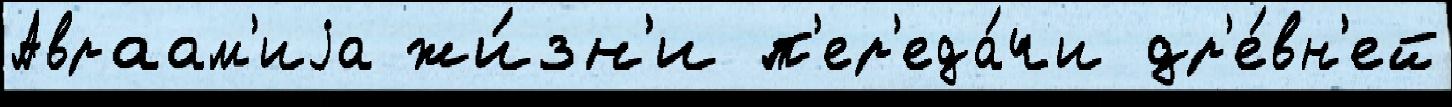
Авраам'иjа жи́зн'и п'ер'еда́чи др'е́вн'ей